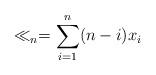
LaTeX: \begin{align*}\ll_n = \sum_{i=1}^n (n-i)x_i \end{align*}